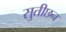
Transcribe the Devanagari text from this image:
सुतीछन